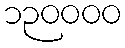
၁၃၀၀၀၀